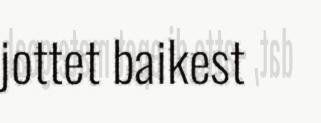
jottet baikest